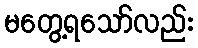
မတွေ့ရသော်လည်း